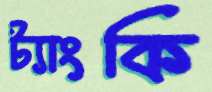
ট্যাংকি